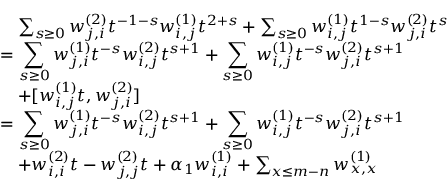
\begin{array} { r l } & { \quad \sum _ { s \geq 0 } w _ { j , i } ^ { ( 2 ) } t ^ { - 1 - s } w _ { i , j } ^ { ( 1 ) } t ^ { 2 + s } + \sum _ { s \geq 0 } w _ { i , j } ^ { ( 1 ) } t ^ { 1 - s } w _ { j , i } ^ { ( 2 ) } t ^ { s } } \\ & { = \displaystyle \sum _ { s \geq 0 } w _ { j , i } ^ { ( 1 ) } t ^ { - s } w _ { i , j } ^ { ( 2 ) } t ^ { s + 1 } + \displaystyle \sum _ { s \geq 0 } w _ { i , j } ^ { ( 1 ) } t ^ { - s } w _ { j , i } ^ { ( 2 ) } t ^ { s + 1 } } \\ & { \quad + [ w _ { i , j } ^ { ( 1 ) } t , w _ { j , i } ^ { ( 2 ) } ] } \\ & { = \displaystyle \sum _ { s \geq 0 } w _ { j , i } ^ { ( 1 ) } t ^ { - s } w _ { i , j } ^ { ( 2 ) } t ^ { s + 1 } + \displaystyle \sum _ { s \geq 0 } w _ { i , j } ^ { ( 1 ) } t ^ { - s } w _ { j , i } ^ { ( 2 ) } t ^ { s + 1 } } \\ & { \quad + w _ { i , i } ^ { ( 2 ) } t - w _ { j , j } ^ { ( 2 ) } t + \alpha _ { 1 } w _ { i , i } ^ { ( 1 ) } + \sum _ { x \leq m - n } w _ { x , x } ^ { ( 1 ) } } \end{array}